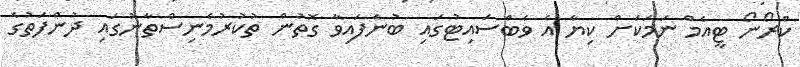
ކްރޯނޯ ޓީއެމް ނަމަކަށް ކިޔާ އެ ވެބްސައިޓުގައި ބުނެފައިވާ ގޮތުން ތުކުރުމެނިސްތާނުގައި ދުންފަތުގެ